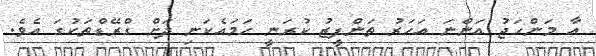
އާ މަންހަޖު އަންނަ އަހަރު ތަންފީޒު ކުރަނީ ހަމައެކަނި ދަށް ގްރޭޑްތަކުގަ އެވެ.